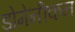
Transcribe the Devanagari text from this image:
डोमेनीकन